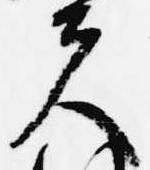
夫